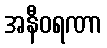
အနီဝရဏာ